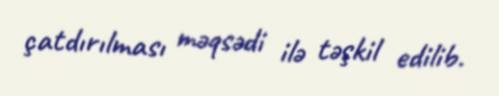
çatdırılması məqsədi ilə təşkil edilib.